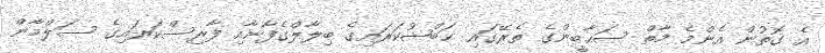
އެ ގޮތުން އެންމެ މާތް ޞަޙާބީންގެ ތެރޭގައި ޙަބްޝުކަރައިގެ ބިލާލްގެފާނާއި ފާރިސްކަރައިގެ ސަލްމާން